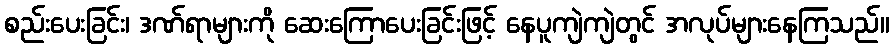
စည်းပေးခြင်း၊ ဒဏ်ရာများကို ဆေးကြောပေးခြင်းဖြင့် နေပူကျဲကျဲတွင် အလုပ်များနေကြသည်။